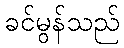
ခင်မွန်သည်